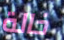
خالة